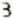
3